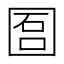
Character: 𡇱